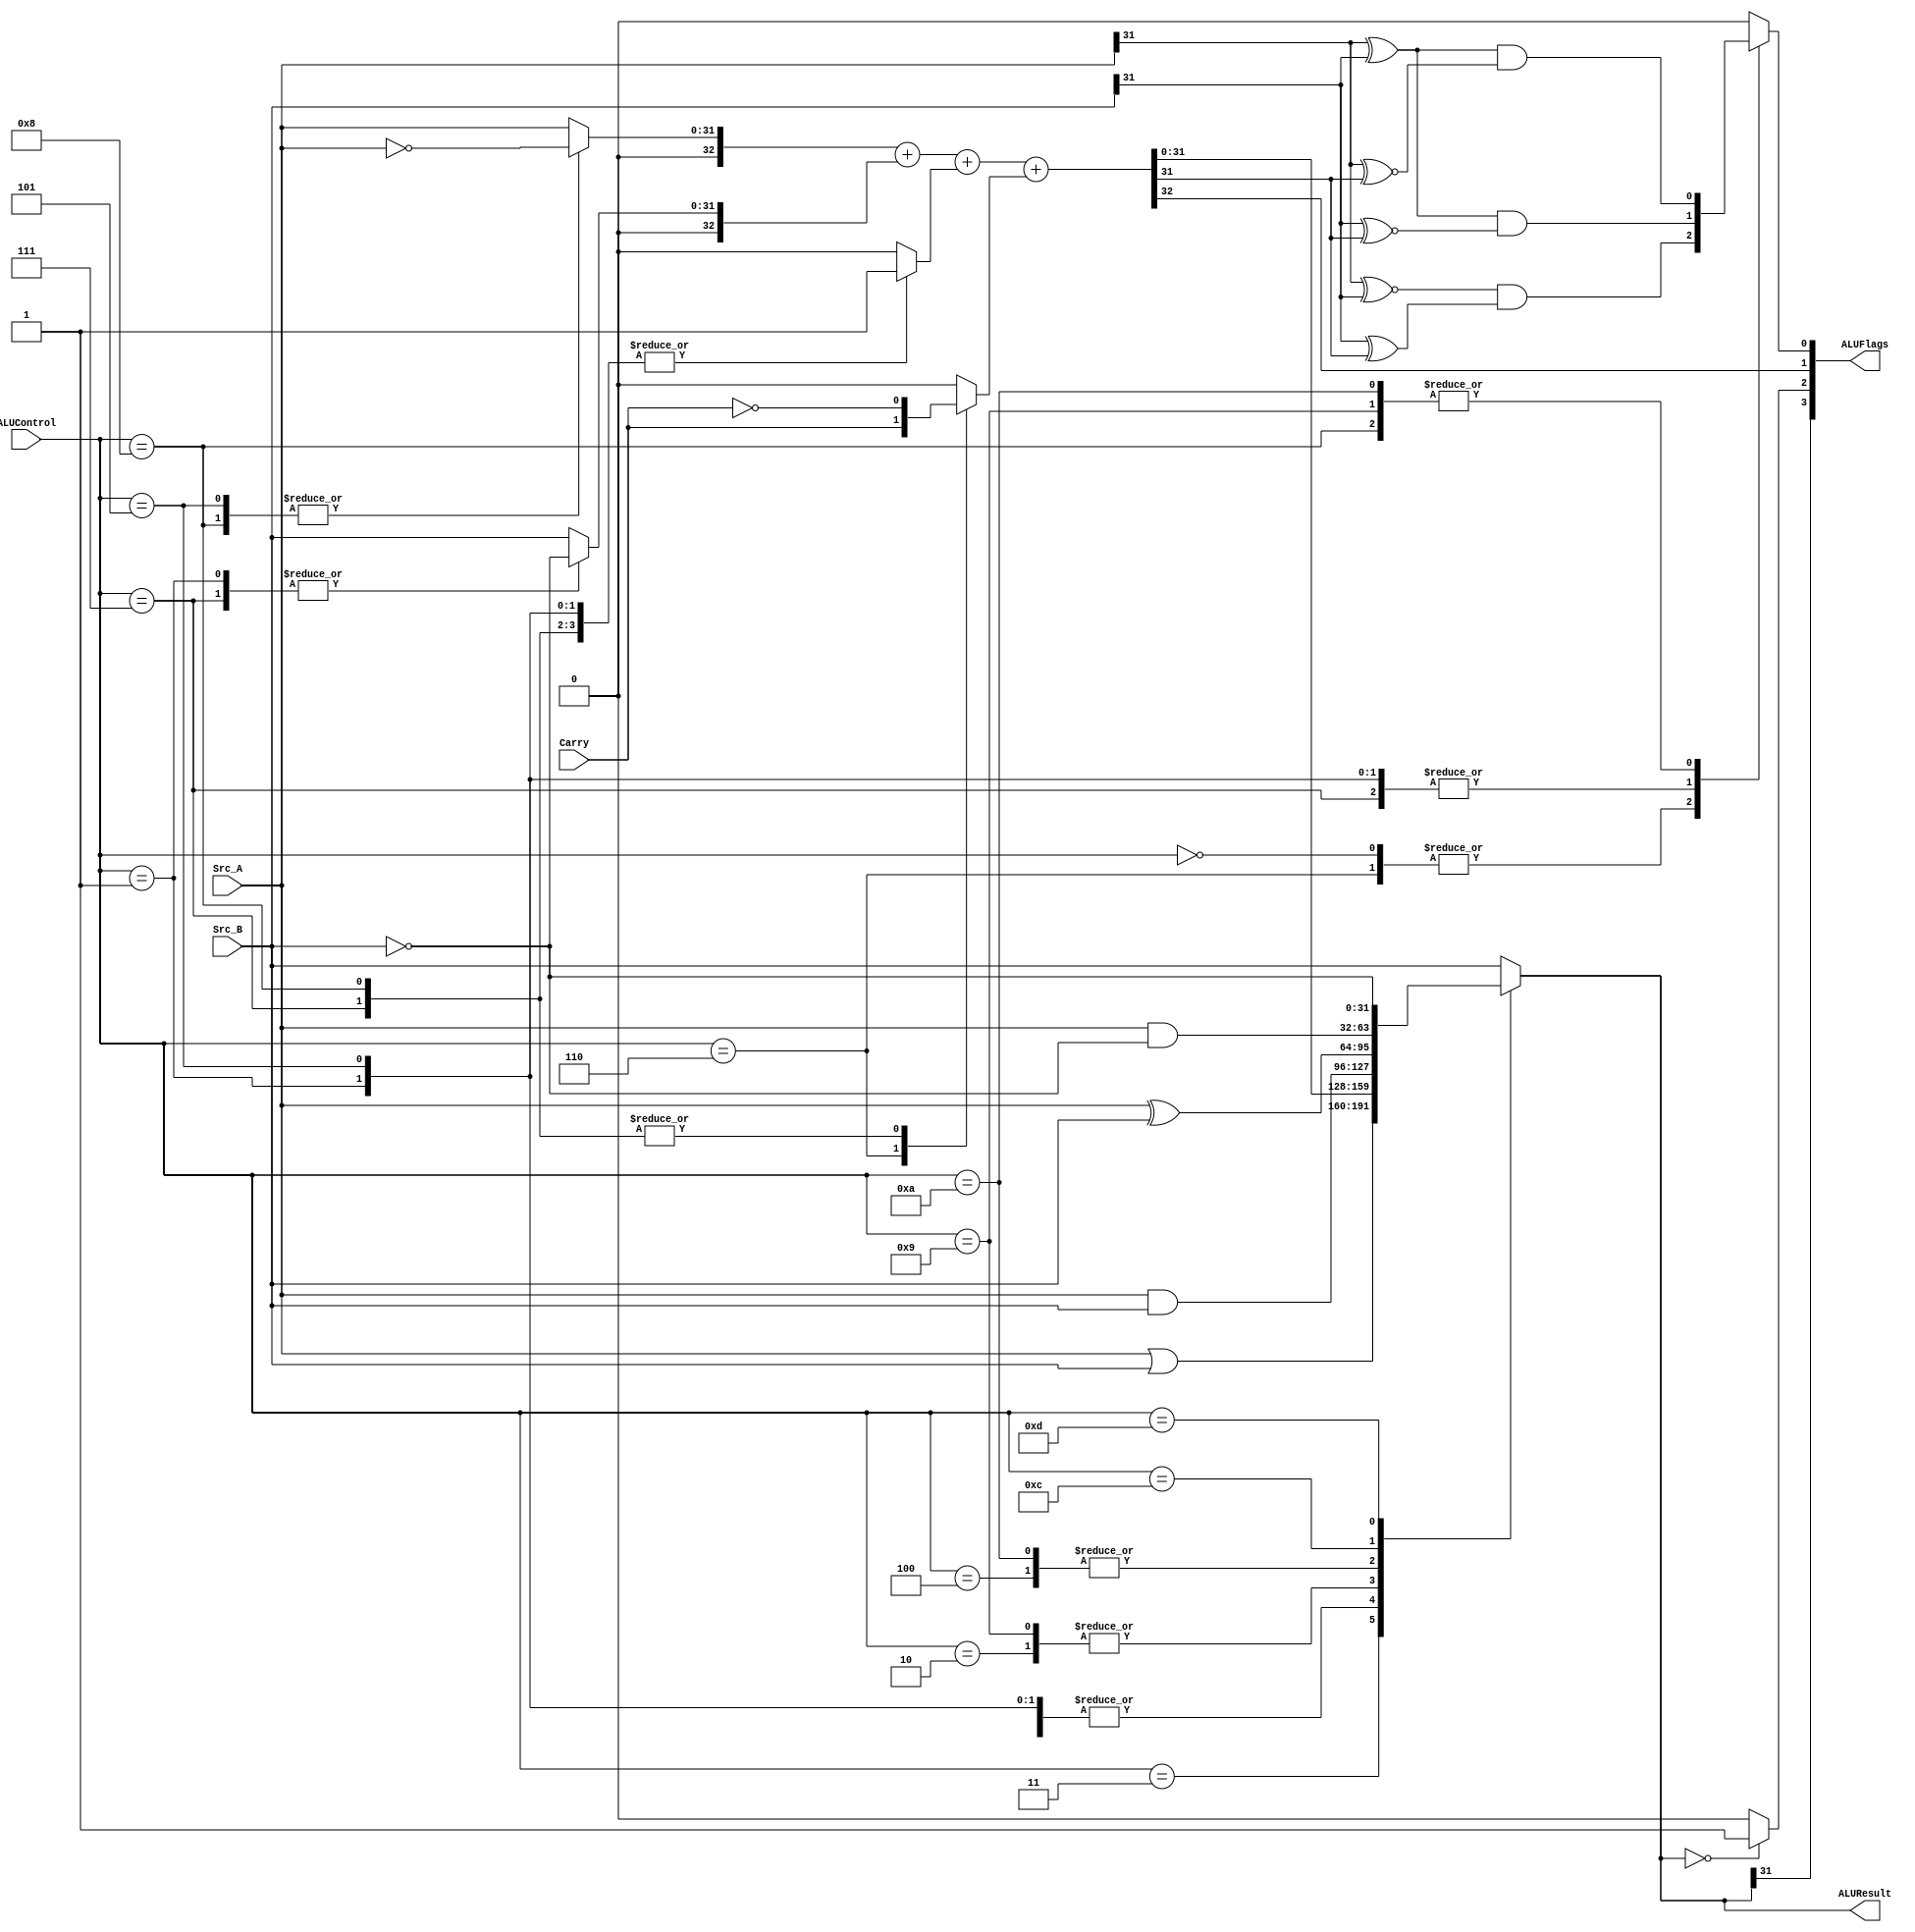
`timescale 1ns / 1ps
/*
----------------------------------------------------------------------------------
-- Company: NUS
-- Engineer: (c) Shahzor Ahmad and Rajesh Panicker  
-- 
-- Create Date:   21:06:18 24/09/2015
-- Design Name: 	ALU
-- Target Devices: Nexys 4 (Artix 7 100T)
-- Tool versions: Vivado 2015.2
-- Description: ALU Module
--
-- Dependencies:
--
-- Revision: 
-- Revision 0.01
-- Additional Comments: 
----------------------------------------------------------------------------------
--	License terms :
--	You are free to use this code as long as you
--		(i) DO NOT post it on any public repository;
--		(ii) use it only for educational purposes;
--		(iii) accept the responsibility to ensure that your implementation does not violate any intellectual property of ARM Holdings or other entities.
--		(iv) accept that the program is provided "as is" without warranty of any kind or assurance regarding its suitability for any particular purpose;
--		(v) send an email to rajesh.panicker@ieee.org briefly mentioning its use (except when used for the course CG3207 at the National University of Singapore);
--		(vi) retain this notice in this file or any files derived from this.
----------------------------------------------------------------------------------
*/

module ALU(
    input [31:0] Src_A,
    input [31:0] Src_B,
    input [3:0] ALUControl,
    input Carry,
    output [31:0] ALUResult,
    output [3:0] ALUFlags
    );
    
    wire [32:0] S_wider ;
    reg [32:0] Src_A_comp ;
    reg [32:0] Src_B_comp ;
    reg [31:0] ALUResult_i ;
    reg [32:0] C_0 = 0; // C_0 is the +1 needed when converting to 2's complement
    wire N, Z, C ;
    reg V ;
    reg CarryVar = 1'b0;
    
    
    assign S_wider = Src_A_comp + Src_B_comp + C_0 + CarryVar;
    
    always@(Src_A, Src_B, ALUControl, S_wider) begin
        // default values; help avoid latches
        CarryVar <= 1'b0;
        C_0 <= 0 ; 
        Src_A_comp <= {1'b0, Src_A} ;
        Src_B_comp <= {1'b0, Src_B} ;
        ALUResult_i <= Src_B ;
        V <= 0 ;
        
        //$display("SrcA: %h  SrcB: %h ALUControl: %b ALUResult: %h C_0: %b boolean: %b Carry: %b", Src_A, Src_B, ALUControl, ALUResult,C_0[0],ALUControl==4'b0000, CarryVar);
        
        case(ALUControl)
            // ADD
            4'b0000:  
            begin
                CarryVar <= 0;
                ALUResult_i <= S_wider[31:0] ;
                V <= ( Src_A[31] ~^ Src_B[31] )  & ( Src_B[31] ^ S_wider[31] );
                $display("ALUResult: %h",ALUResult_i);          
            end
            
            // SUB
            4'b0001:  
            begin
                CarryVar <= 0;
                C_0[0] <= 1 ;  
                Src_B_comp <= {1'b0, ~ Src_B} ; 
                ALUResult_i <= S_wider[31:0] ;
                V <= ( Src_A[31] ^ Src_B[31] )  & ( Src_B[31] ~^ S_wider[31] );       
            end
            
            // AND
            4'b0010: ALUResult_i <= Src_A & Src_B ;
            // ORR
            4'b0011: ALUResult_i <= Src_A | Src_B ;   
            
            // added by Jia Yi
            // EOR
            4'b0100: ALUResult_i <= Src_A ^ Src_B ;
            // RSB
            4'b0101: 
            begin
                C_0[0] <= 1 ;  
                Src_A_comp <= {1'b0, ~ Src_A} ; 
                ALUResult_i <= S_wider[31:0] ;
                V <= ( Src_A[31] ^ Src_B[31] )  & ( Src_B[31] ~^ S_wider[31] );       
            end
            // ADC
            4'b0110: 
            begin
                CarryVar <= Carry;
                ALUResult_i <= S_wider[31:0] ;
                V <= ( Src_A[31] ~^ Src_B[31] )  & ( Src_B[31] ^ S_wider[31] );
                //$display("ADC SrcB: %h Carry: %b CarryVar: %b",Src_B, Carry, CarryVar);          
            end
            // SBC
            4'b0111: 
            begin
                C_0[0] <= 1 ;  
                CarryVar <= ~Carry;
                Src_B_comp <= {1'b0, ~ Src_B} ; 
                ALUResult_i <= S_wider[31:0] ;
                V <= ( Src_A[31] ^ Src_B[31] )  & ( Src_B[31] ~^ S_wider[31] );
                //$display("Src_B: %b",Src_B);       
            end
            // RSC
            4'b1000: 
            begin
                C_0[0] <= 1 ;  
                CarryVar <= ~Carry;
                Src_A_comp <= {1'b0, ~ Src_A} ; 
                ALUResult_i <= S_wider[31:0] ;
                V <= ( Src_A[31] ^ Src_B[31] )  & ( Src_A[31] ~^ S_wider[31] );       
            end

            // TST
            4'b1001: 
            begin
                ALUResult_i <= Src_A & Src_B ;
                V <= ( Src_A[31] ^ Src_B[31] )  & ( Src_A[31] ~^ S_wider[31] );       
            end

            // TEQ
            4'b1010:  
            begin
                ALUResult_i <= Src_A ^ Src_B ;
                V <= ( Src_A[31] ^ Src_B[31] )  & ( Src_A[31] ~^ S_wider[31] );       
            end

            // MOV
            4'b1011: ALUResult_i <= Src_B ;
            // BIC
            4'b1100: ALUResult_i <= Src_A & ~Src_B ;
            // MVN
            4'b1101: ALUResult_i <= ~Src_B ;               
        endcase ;
        //$display("s_wider: %b",S_wider);
    end
    
    assign N = ALUResult_i[31] ;
    assign Z = (ALUResult_i == 0) ? 1 : 0 ;
    assign C = S_wider[32] ;
    
    assign ALUResult = ALUResult_i ;
    assign ALUFlags = {N, Z, C, V} ;
        
endmodule